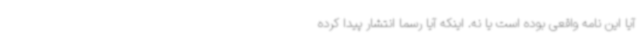
آیا این نامه واقعی بوده است یا نه. اینکه آیا رسما انتشار پیدا کرده